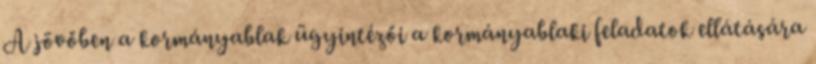
A jövőben a kormányablak ügyintézői a kormányablaki feladatok ellátására